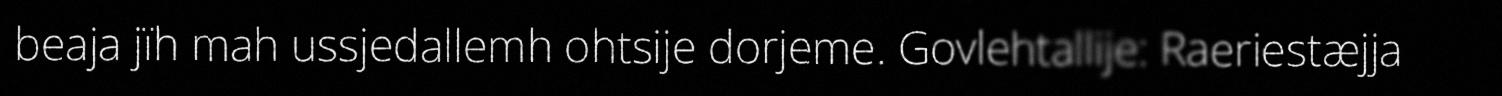
beaja jïh mah ussjedallemh ohtsije dorjeme. Govlehtallije: Raeriestæjja